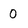
Character: 0